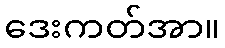
ဒေးကတ်အာ။